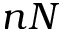
n N